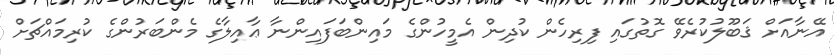
އޭނާއަށް ޤަބޫލުކުރެވޭ ގޮތުގައި ފިރިހެން ކުދިން އެމީހުންގެ މައިންބަފައިންނާ ޢާއިލާގެ މެންބަރުންގެ ކުރިމައްޗަށް